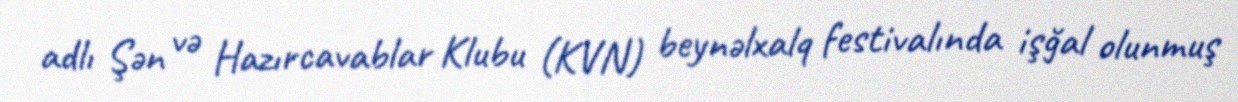
adlı Şən və Hazırcavablar Klubu (KVN) beynəlxalq festivalında işğal olunmuş